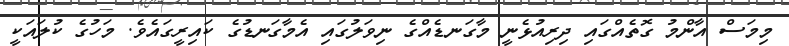
މިމަސް އާންމު ގޮތެއްގައި ދިރިއުޅެނީ މާގަނޑެއްގެ ނިވަލުގައި އެމާގަނޑުގެ ކައިރީގައެވެ. މަހުގެ ކުލައަކީ